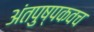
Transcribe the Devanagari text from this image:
अंतपुष्पकवच